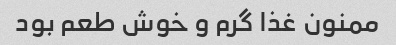
ممنون غذا گرم و خوش طعم بود